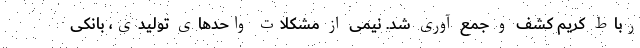
رباط کریم کشف و جمع آوری شد. نیمی از مشکلات واحدهای تولیدی، بانکی